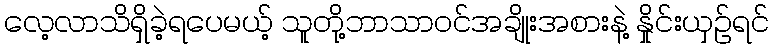
လေ့လာသိရှိခဲ့ရပေမယ့် သူတို့ဘာသာဝင်အချိုးအစားနဲ့ နှိုင်းယှဉ်ရင်